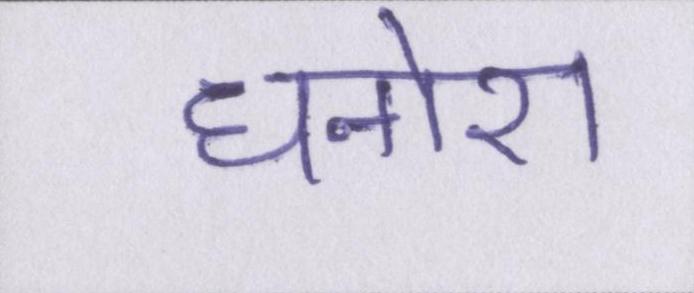
धनोरा